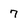
Character: 7